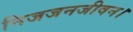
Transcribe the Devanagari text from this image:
निजजनजीवन।